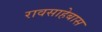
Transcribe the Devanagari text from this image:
रावसाहेबास